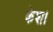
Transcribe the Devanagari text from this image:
केश।